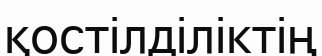
қостілділіктің